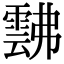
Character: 𩃸